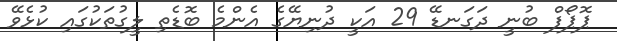
ޕޮޕޯފް ބުނީ ދަގަނޑޭ 29 އަކީ ދުނިޔޭގެ އެންމެ ބޮޑެތި ލީގުތަކުގައި ކުޅެވޭ